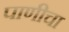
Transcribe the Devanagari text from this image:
पाणीचा